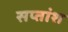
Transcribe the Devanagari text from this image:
सप्तांश